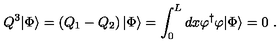
Q ^ { 3 } | \Phi \rangle = \left( Q _ { 1 } - Q _ { 2 } \right) | \Phi \rangle = \int _ { 0 } ^ { L } d x \varphi ^ { \dagger } \varphi | \Phi \rangle = 0 \ .